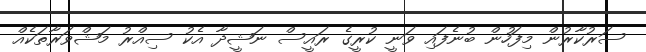
ސަރުކާރުން މިފަހުން ބުނެފައި ވަނީ ކުރީގެ ރައީސް ނަޝީދާ އެކު ސިއްރު މަޝްވަރާތަކެއް